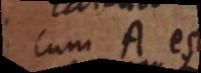
Cum A est